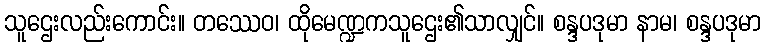
သူဌေးလည်းကောင်း။ တဿေဝ၊ ထိုမေဏ္ဍကသူဌေး၏သာလျှင်။ စန္ဒပဒုမာ နာမ၊ စန္ဒပဒုမာ